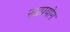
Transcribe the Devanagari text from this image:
रुद्रप्रयोग